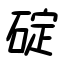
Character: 碇